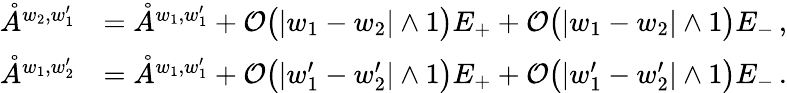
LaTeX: \begin{array}{rl}{\mathring{A}^{{w_{2},w_{1}^{\prime}}}}&{=\mathring{A}^{{w_{1},w_{1}^{\prime}}}+\mathcal{O}\big(|w_{1}-w_{2}|\wedge 1\big)E_{+}+\mathcal{O}\big(|w_{1}-w_{2}|\wedge 1\big)E_{-}\, ,}\\ {\mathring{A}^{{w_{1},w_{2}^{\prime}}}}&{=\mathring{A}^{{w_{1},w_{1}^{\prime}}}+\mathcal{O}\big(|w_{1}^{\prime}-w_{2}^{\prime}|\wedge 1\big)E_{+}+\mathcal{O}\big(|w_{1}^{\prime}-w_{2}^{\prime}|\wedge 1\big)E_{-}\, .}\end{array}